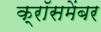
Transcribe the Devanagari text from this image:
क्रॉसमेंबर